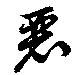
麗